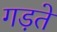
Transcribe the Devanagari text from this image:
गड़ते